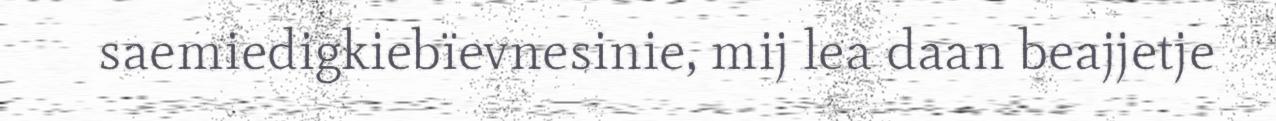
saemiedigkiebïevnesinie, mij lea daan beajjetje